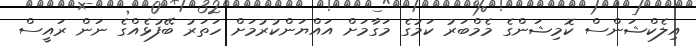
އިލެކްޝަންސް ކޮމިޝަންގެ މެމްބަރު ކަމުގެ މަގާމަށް އައްޔަންކުރުމަށް ހަތަރު ބޭފުޅެއްގެ ނަން ރައީސް